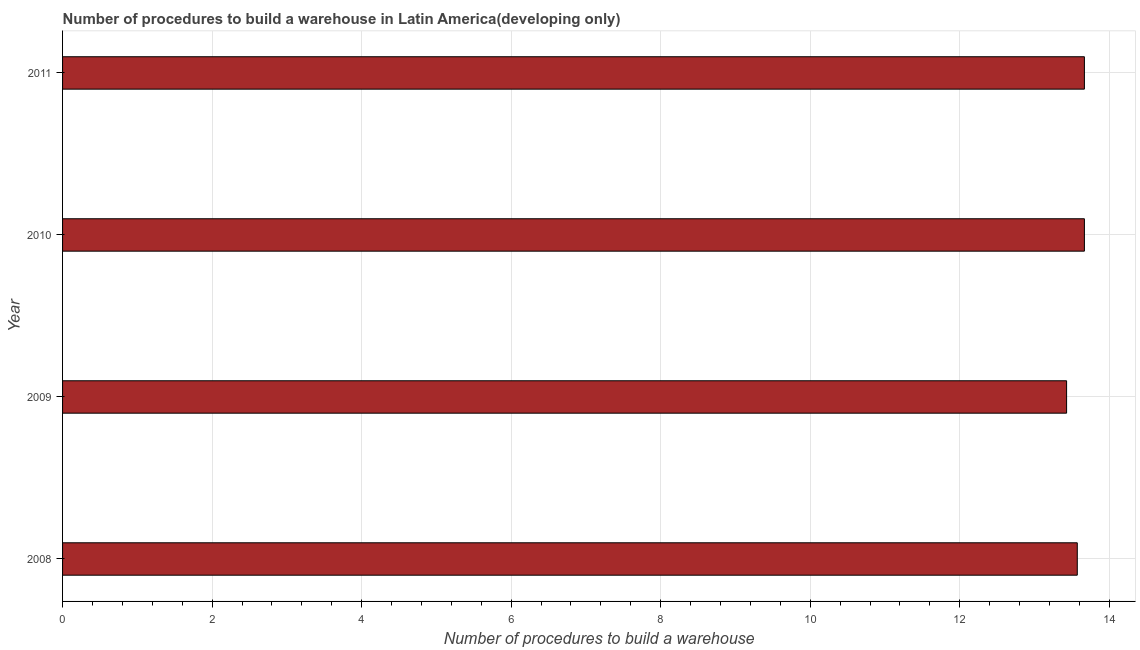
| Year | Build a warehouse |
 | --- | --- |
 | 2008 | 13.6 |
 | 2009 | 13.4 |
 | 2010 | 13.7 |
 | 2011 | 13.7 |